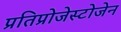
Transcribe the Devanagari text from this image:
प्रतिप्रोजेस्टोजेन